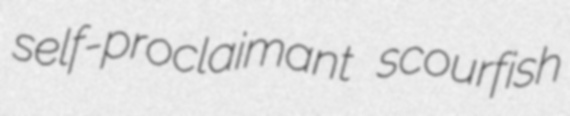
self-proclaimant scourfish